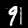
Digit: 9